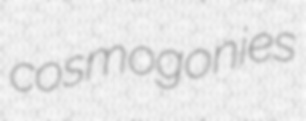
cosmogonies